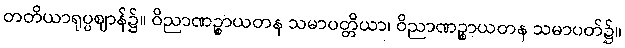
တတိယာရုပ္ပဈာန်၌။ ဝိညာဏဉ္စာယတန သမာပတ္တိယာ၊ ဝိညာဏဉ္စာယတန သမာပတ်၌။